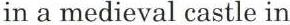
in a medieval castle in